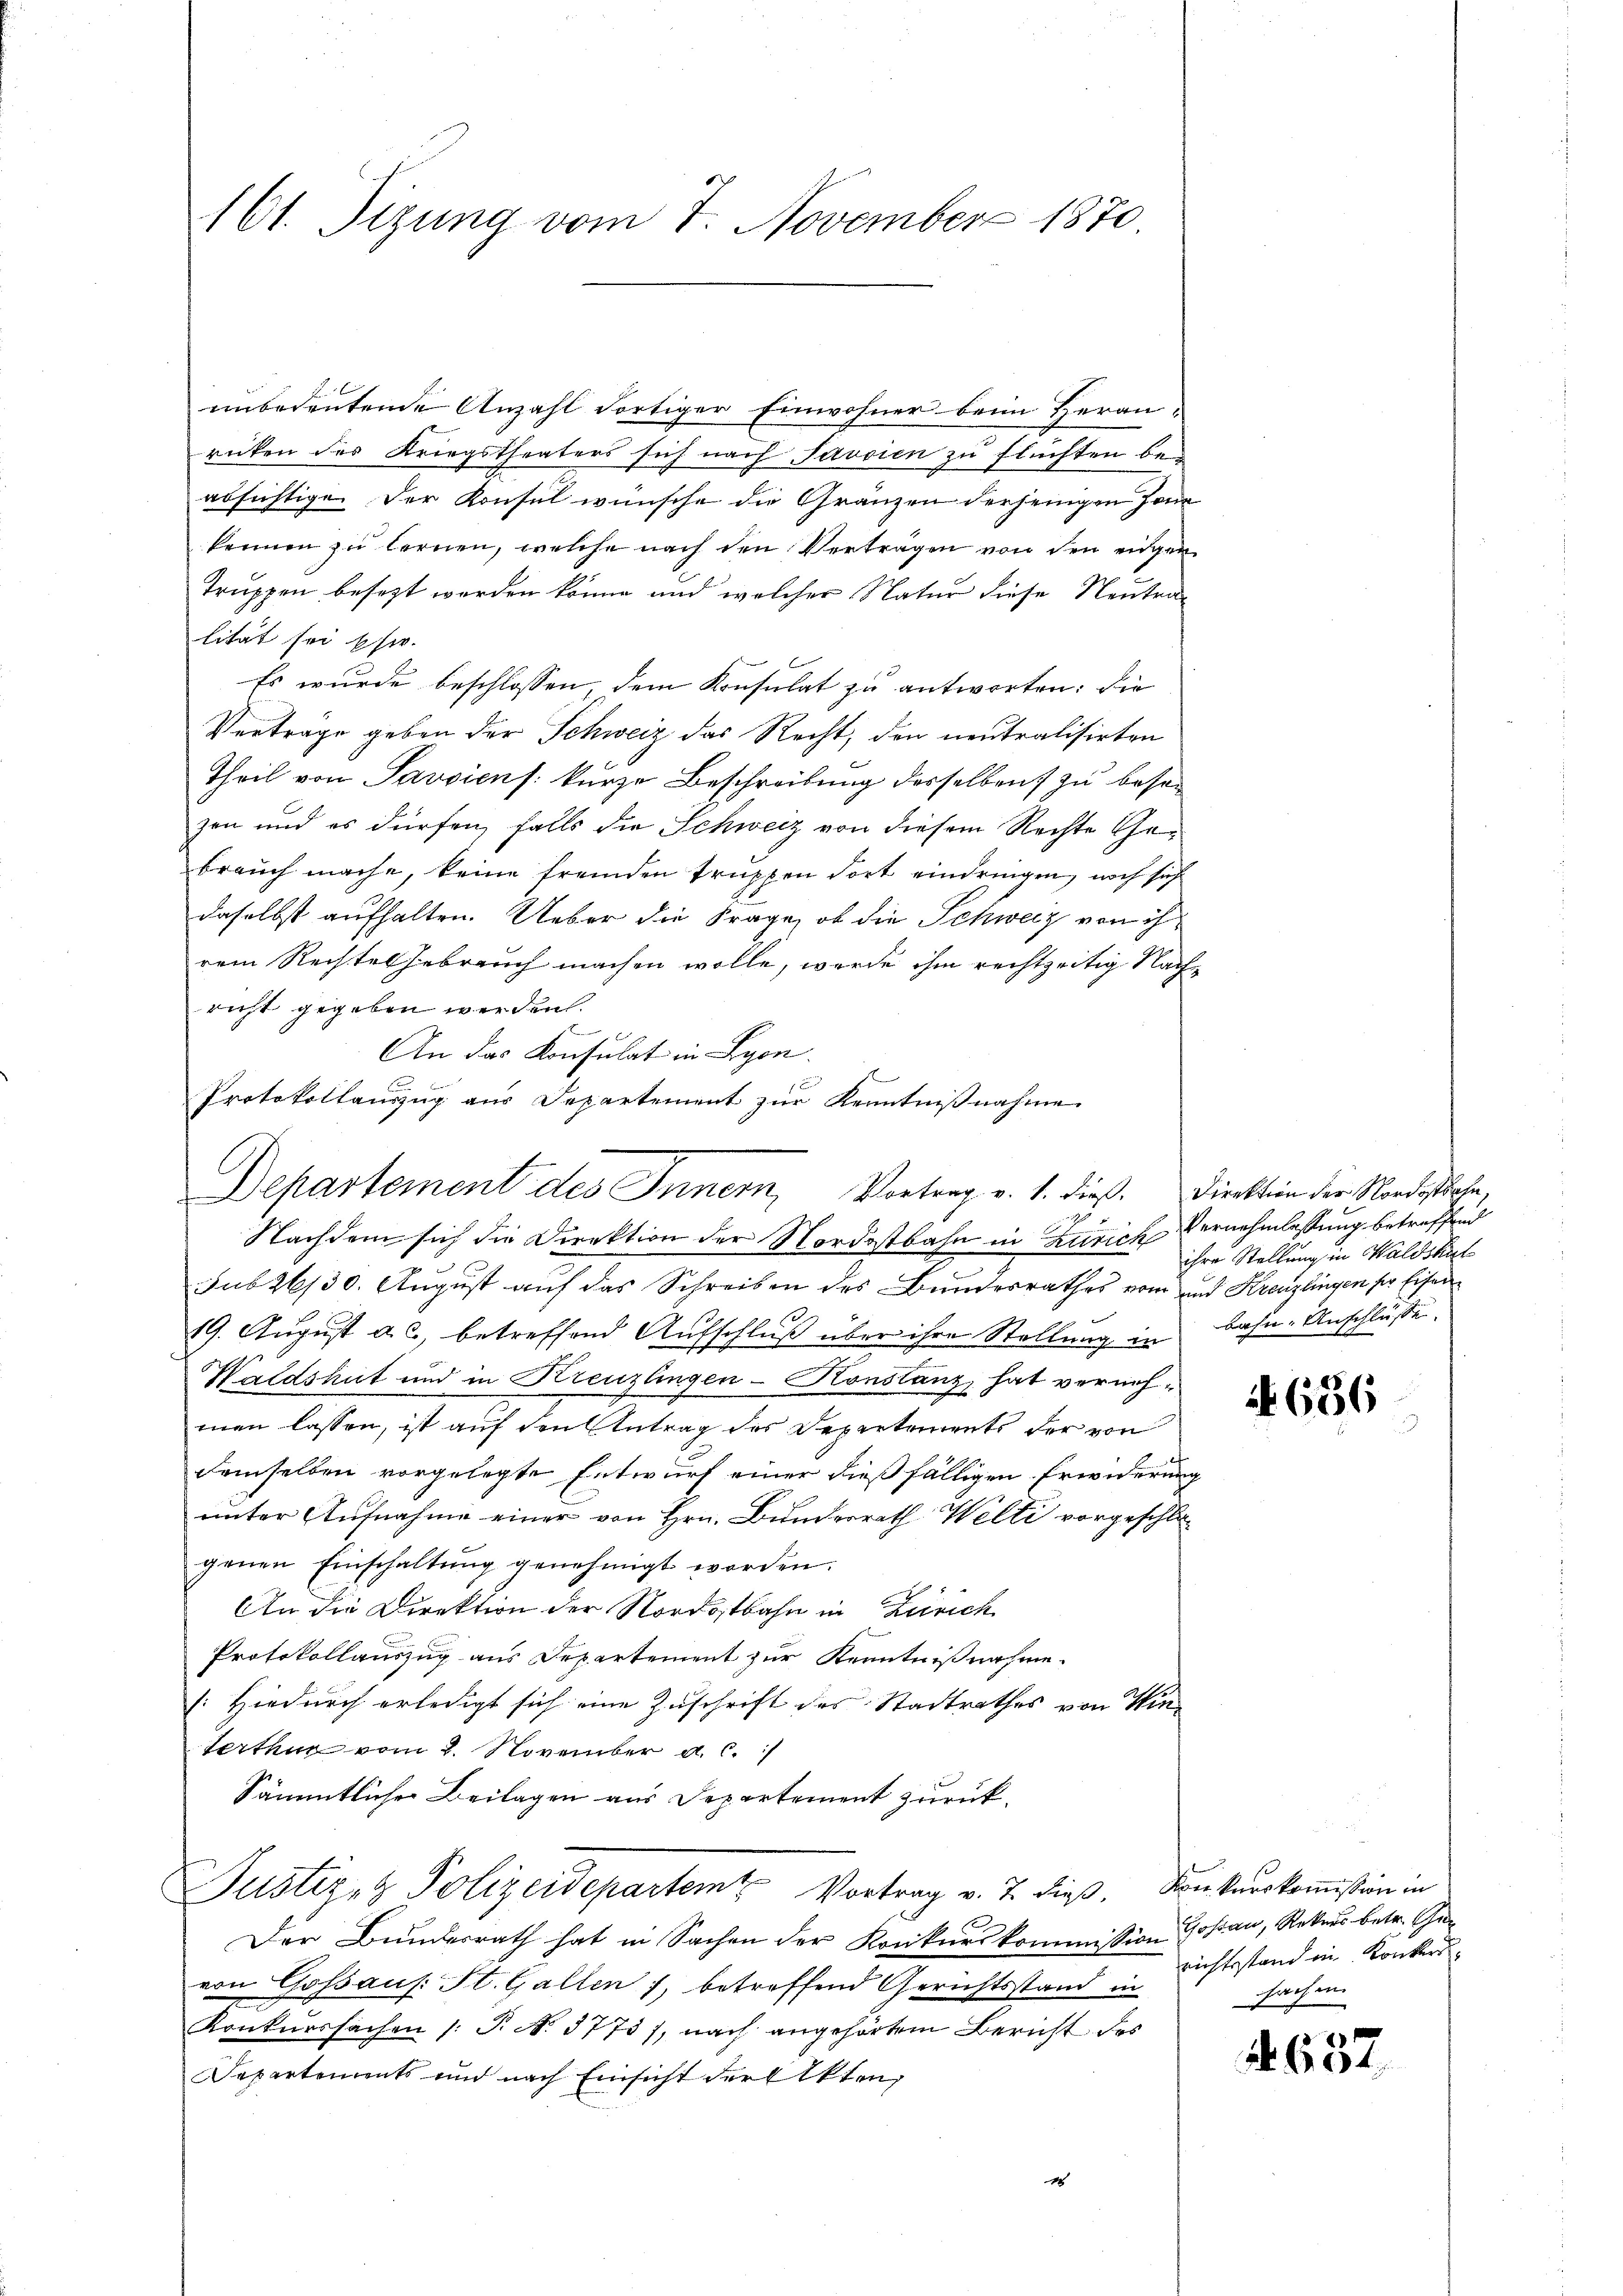
161. Tizung vom 7. November 1870.

unbedeutende Anzahl dortiger Einwohner beim Heranrücken des Kriegstheaters sich nach Javsien zu flüchten bei
absichtige der Konsul wünsche die Gränzen derjenigen Jan
kennen zu lernen, welche nach den Vertragen von den eigen
Truppen besezt worden könne und welcher Natur diese Neutralität sei schw.
Es wurde beschlossen, dem Konsulat zu antworten: die
Verträge geben der Schweiz das Recht, den neutralisirten
Theil von Savsiens kurze Beschreibung desselben zu besei
zen und es dürfen, falls die Schweiz von diesem Rechte Gebrauch mache, keine fremden Truppen dort eindringen, noch sich
daselbst aufhalten. Ueber die Frage, ob die Schweiz von ihrem Rechtes Gebrauch machen wolle, wurde ihm rechtzeitig Nachricht gegeben werden.
An das Konsulat in Lyon
s
E
f
Protokollauszug aus Departement zur Kenntnißnahme.
Nachdem sich die Direktion der Nordostbahn in Zürich Vernehmlassung betreffend
sub 26/30. August auf das Schreiben des Bundesrathes vom und Kreuzlingen der Eisen
19. August a. c., betreffend Aufschluß über ihre Stellung in Bahn-Anschlüsse.
Waldshut und in Kreuzlingen-Konstanz hat vornehmen lassen, ist auf den Antrag des Departements der von
demselben vorgelegte Entwurf einer dießfälligen Erwiderung
unter Aufnahme einer von Hrn. Bunderrath Welti vorgeschlo
genen Einschaltŭng genehmigt worden.
An die Direktion der Nordostbahn in Zürich
Protokollauszug aus Departement zur Kenntnißnahme.
(: Hiedurch erledigt sich eine Zuschrift des Stadtrathes von Win¬
Terthur vom 2. November a. c.
Sämmtlicher Beilagen aus Departement zurück¬
Justiz- & Polizeidepartem Vortrag v. J. dieß. Konkurskommission in
Der Bundesrath hat in Sachen der Konkurskommission Goßau, Rekurs betr. Gre
von Gossaus: St. Gallen, betreffend Gerichtsstand in
Konkurssachen (T. N. 3775), nach angehörtem Bericht des
Departements und nach Einsicht der Akten,
1

Departement des Innern, Vortrag v. 1. dieß. Direktion der Nordestehe,

ihre Stellung in Waldshut

A 656

nichtsstand ein Konker.
sachen

6387